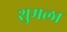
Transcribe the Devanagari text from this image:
शुमला